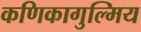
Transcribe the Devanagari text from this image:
कणिकागुल्मिय